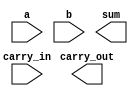
module full_adder (
    input a,
    input b,
    input carry_in,
    output sum,
    output carry_out
);
    // TODO: Your code (from lab 2)

endmodule